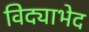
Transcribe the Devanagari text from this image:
विद्याभेद